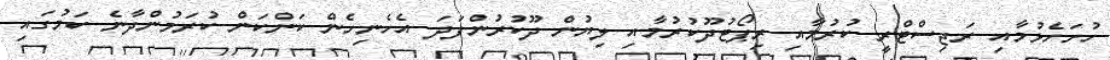
ހުށަހެޅުމާއި ރަޖިސްޓްރީ ކުރުމާއި ރިޕޯޓުދޫކުރުމާއި ލިޔުން ދޫކުރުންފަދަ އެހެނިހެން ކަންކަން ކުރަމުންދާނެ ކަމުގައި